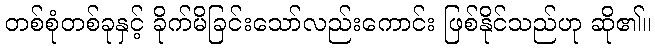
တစ်စုံတစ်ခုနှင့် ခိုက်မိခြင်းသော်လည်းကောင်း ဖြစ်နိုင်သည်ဟု ဆို၏။